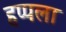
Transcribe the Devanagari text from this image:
हप्पला